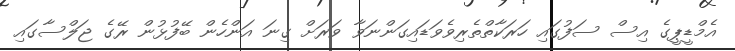
އެމްޑީޕީގެ އިސް ސަފުގައި ހަރަކާތްތެރިވެވަޑައިގަންނަވާ ވަރަށް ގިނަ އަންހެން ބޭފުޅުން ރޭގެ ޖަލްސާގައި